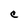
Character: C